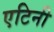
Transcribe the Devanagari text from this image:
एटिनी